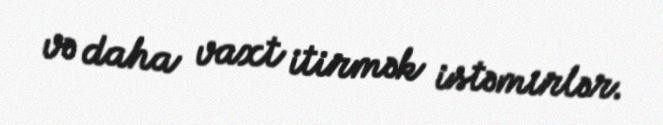
və daha vaxt itirmək istəmirlər.